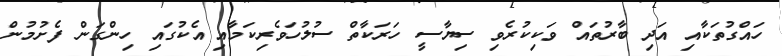
ހައްގުތަކާއި އަދި ބާރުތައް ވަކިކުރެވި ސިޔާސީ ހަަރަކާތް ސުލުހަވެރިކަމާއި އެކުގައި ހިންގަން ފެށުމުން